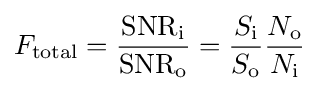
F_{\mathrm {total} }={\frac {\mathrm {SNR_{i}} }{\mathrm {SNR_{o}} }}={\frac {S_{\mathrm {i} }}{S_{\mathrm {o} }}}{\frac {N_{\mathrm {o} }}{N_{\mathrm {i} }}}